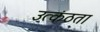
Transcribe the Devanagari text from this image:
उत्कंठता